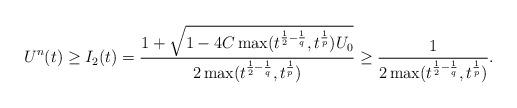
LaTeX: \begin{align*}U^{n}(t)\geq I_2(t)=\frac{1+\sqrt{1-4C\max(t^{\frac{1}{2}-\frac{1}{q}},t^{\frac{1}{p}})U_0}}{2\max(t^{\frac{1}{2}-\frac{1}{q}},t^{\frac{1}{p}})}\geq\frac{1}{2\max(t^{\frac{1}{2}-\frac{1}{q}},t^{\frac{1}{p}})}.\end{align*}